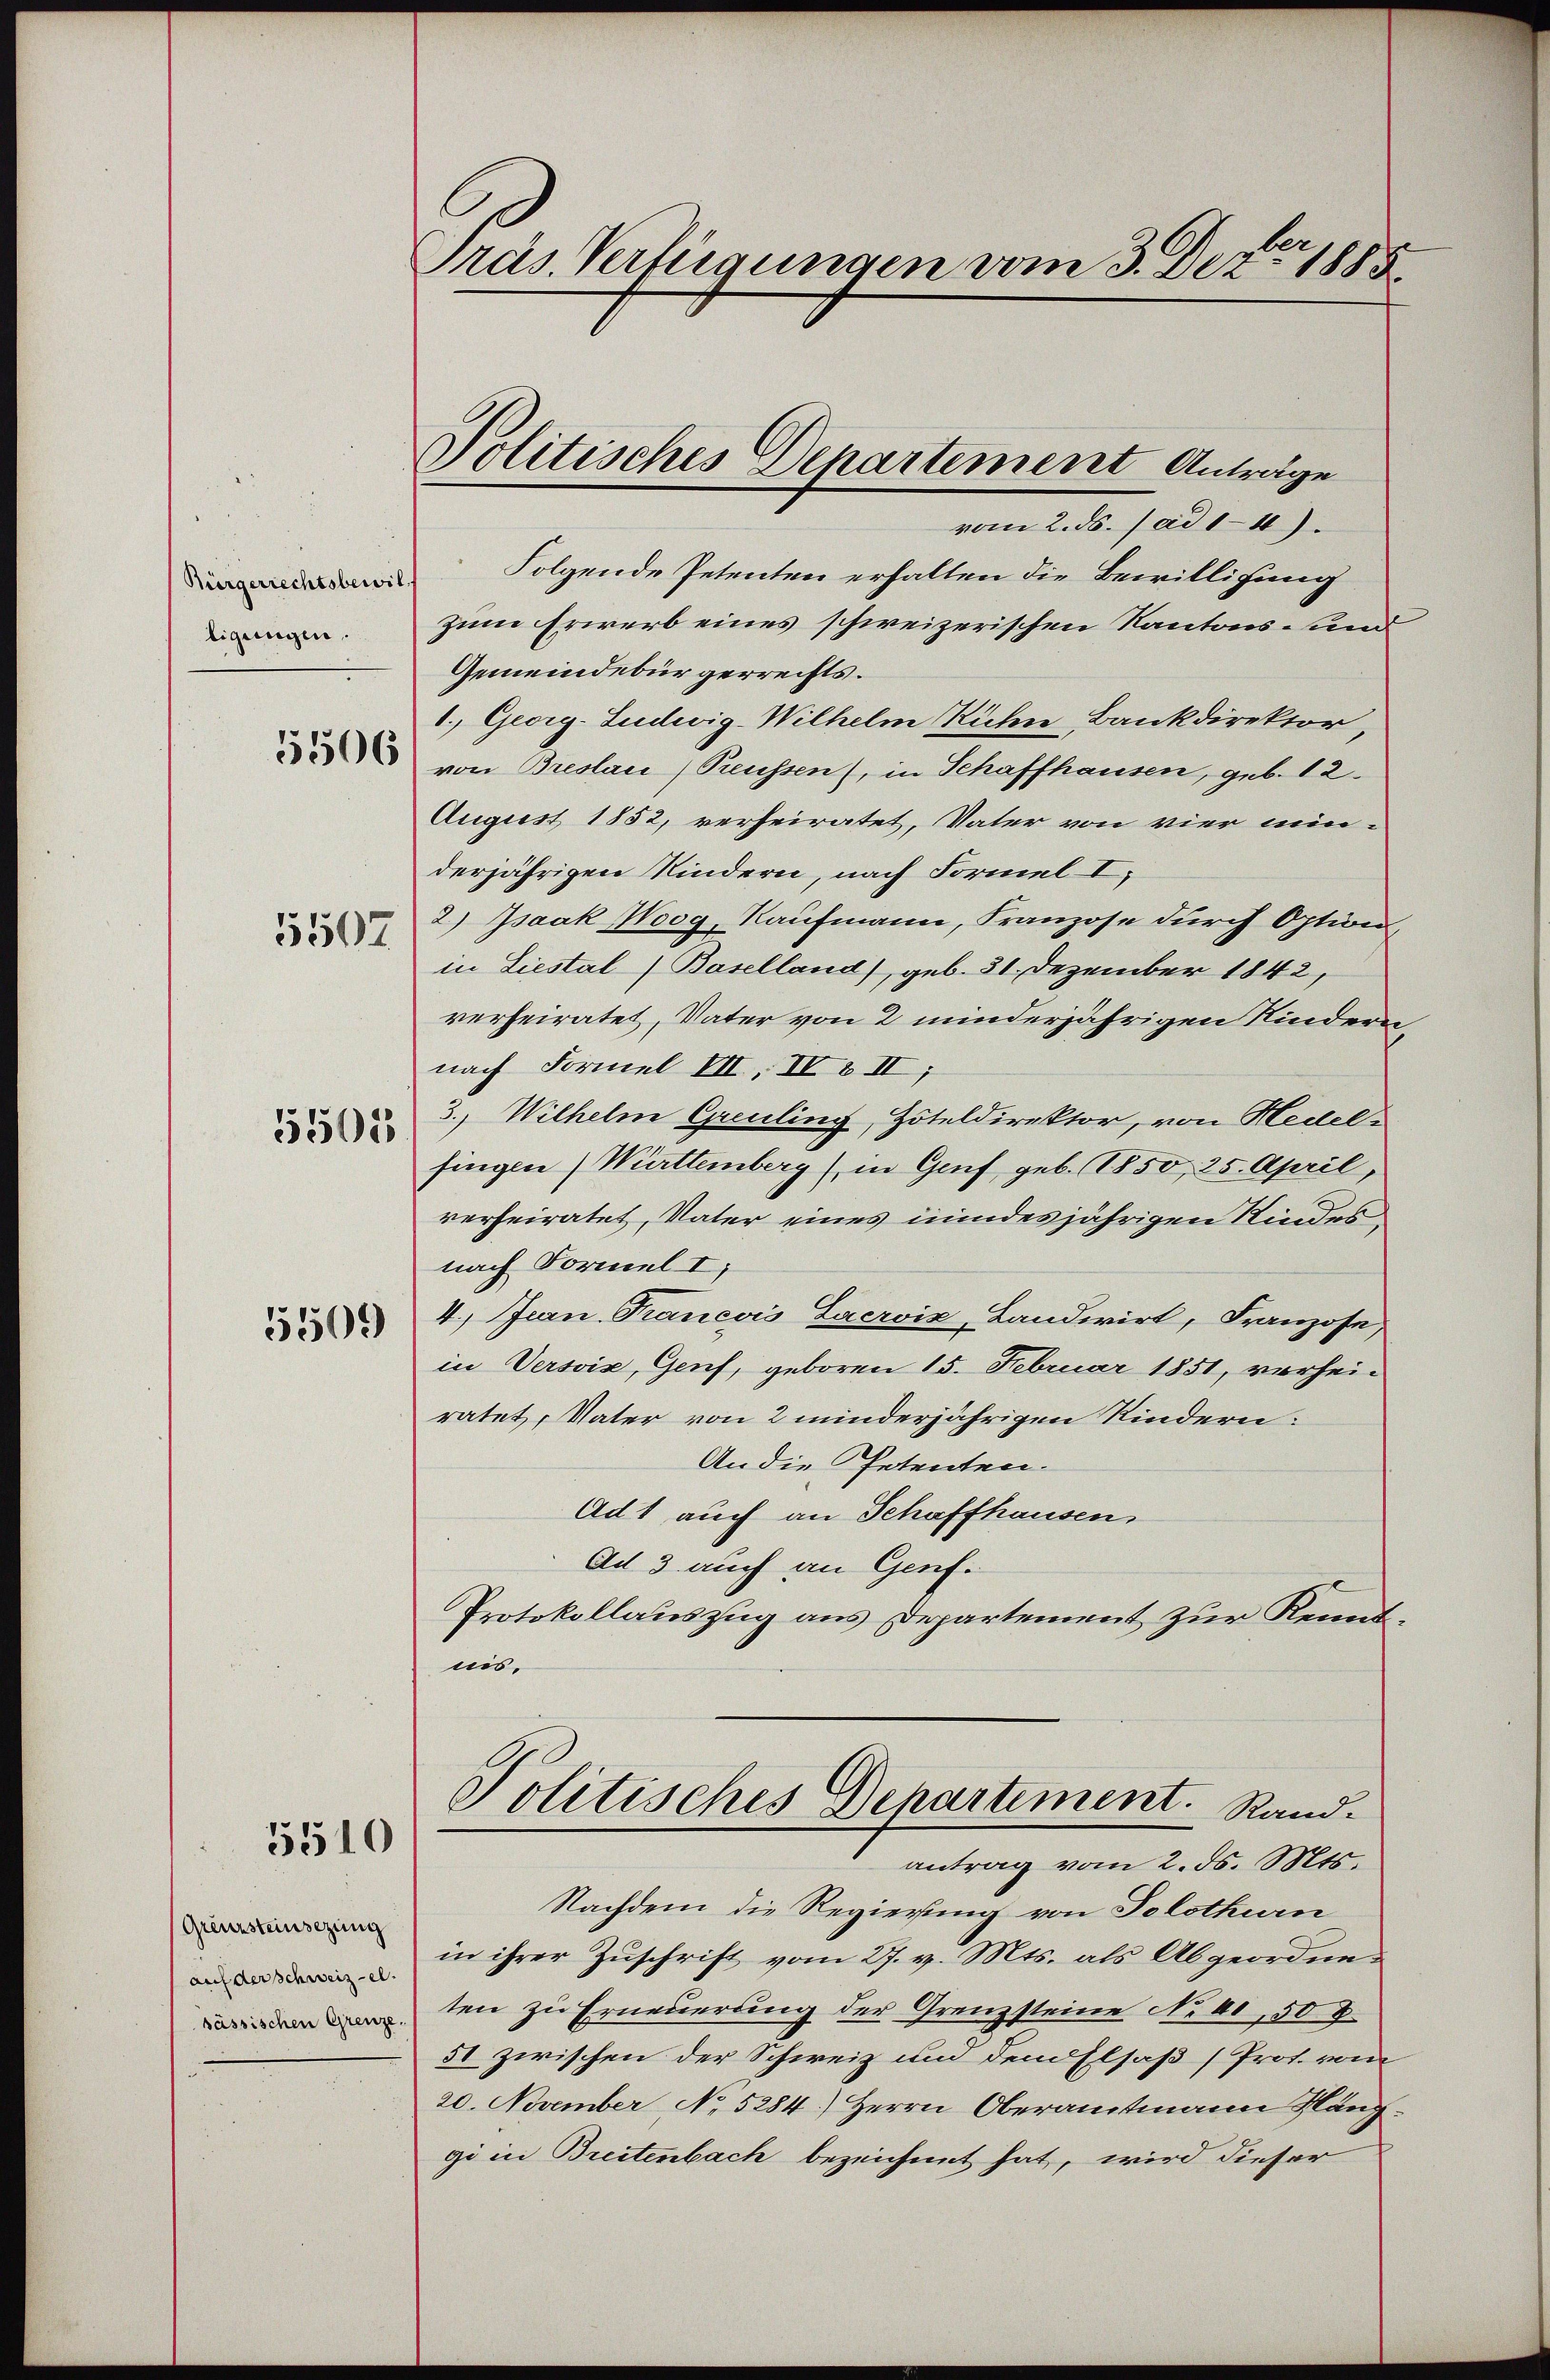
Bürgerrechtsbewil
ligungen.

5506

5507

5505

5509

5510

Grenzsteinsezung
auf der Schweiz el.

Präs. Verfügungen vom 3. Dez. 1885

Politisches Departement Anträge

vom 2. ds. ad 1-4).
Folgende Petenten erhalten die Bewilligung
zum Erwerb eines schweizerischen Kantons- und
Gemeindebürgerrechts.
1. Georg-Ludwig-Wilhelm Richne Bankdirektor,
von Breslau (Preussen, in Schaffhausen, geb. 12.
August 1852, verheiratet, Vater von vier min-
derjährigen Kindern, nach Formel I
2.) Isaak Woog, Kaufmann, Franzose durch Option,
in Liestal (Baselland), geb. 31. Dezember 1842,
verheiratet, Vater von 2 minderjährigen Kindern
nach Formel III, IV 8 II
3., Wilhelm Greuling, Zoteldirektor, von Hedelfingen (Württemberg (in Genf geb. 1850, 25. April,
verheiratet, Vater eines mindes jährigen Kindes
nach Formel I
4.) Jean Francois Lacroix, Landwirt, Franzose
in Versvis, Genf, geboren 15. Februar 1851, vorheiratet, Vater von 2 minderjährigen Kindern:
An die Petenten.
Ad1 auch an Schaffhausen.
Ad 3 auch an Genf.
Protokollauszug aus Departement zur Kenntnis.
Politisches Departement. Rand.
antrag vom 2. d. Mts.
Nachdem die Regierung von Solothurn
in ihrer Zuschrift vom 27. v. Mts. als Abgeordne¬
 ten zu Erneuerung der Grenzsteine No 40, 508.
51 zwischen der Schweiz und dem Elsaß (Prot. vom
20. November No 5284.) Herrn Oberamtmann Kanzgi in Breitenbach bezeichnet hat, wird dieser